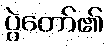
ပွဲတော်၏